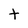
Character: t